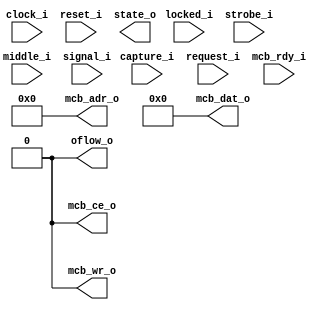
module raw_acquire
  #(//  Bit-width parameters:
    parameter AXNUM = 24,       // number of antennae
    parameter MSB   = AXNUM-1,  // MSB of antenna signal
    parameter ABITS = 20,       // DRAM controller address bit-width
//     parameter ASB   = ABITS-2,  // TODO: MSB of DRAM address??
    parameter ASB   = ABITS-1,  // MSB of DRAM address

    //  Additional settings:
    parameter RESET = 0,        // enable reset-to-zero (0/1)?

    //  Simulation-only parameters:
    parameter DELAY = 3)
   (
    input          clock_i, // bus clock
    input          reset_i, // bus-domain reset

    //  Module control-signals:
    input          capture_i, // enable raw-data capture (0/1)
    input          request_i, // retrieve sample from SDRAM

    //  Raw signal data input:
    //  NOTE: Bus clock-domain (6x, DDR oversampled).
    input          locked_i,
    input          strobe_i, // bus-domain signal-strobe
    input          middle_i, // bus-domain mid-signal strobe
    input [MSB:0]  signal_i, // supersampled & aligned antenna signals

    //  Memory Controller Block (MCB) signals:
    output         mcb_ce_o,
    output         mcb_wr_o,
    input          mcb_rdy_i,
    output [ASB:0] mcb_adr_o,
    output [31:0]  mcb_dat_o,

    //  Debug/info signal outputs:
    output         oflow_o, // FIFO overflow?
    output [2:0]   state_o      // just for debug info
    );


`ifdef __USE_ACQUISITION
   //-------------------------------------------------------------------------
   //  Acquistion-block signals:
   //  TODO: Which domains do these belong to?
   wire [MSB:0]    rdata;
   wire [8:0]      raddr, waddr;


   //-------------------------------------------------------------------------
   //  Xilinx block SRAM for temporary buffering.
   //-------------------------------------------------------------------------
   //  NOTE: Functions as a FIFO, but with the control-logic spread between
   //    this and the 'fifo_sdram_fifo_scheduler' modules.
   block_buffer AQ_BB
     ( // read port:
       .read_clock_i   (clock_i),
       .read_address_i (raddr),
       .read_data_o    (rdata),
       // write port:
       .write_clock_i  (clock_i),
       .write_enable_i (middle_i),
       .write_address_i(waddr),
       .write_data_i   (signal_i)
       );


   //-------------------------------------------------------------------------
   //  Storage block controller.
   //-------------------------------------------------------------------------
   //  NOTE: Bus-clock domain.
   fifo_control
     #(.SDRAM_ADDRESS_WIDTH(ABITS+1))
   SCHEDULER0
     ( .clock_i (clock_i),           // bus-clock
       .reset_i (reset_i),           // global reset (bus-domain)
       .enable_i(capture_i),
       .strobe_i(strobe_i),

       .bb_rd_adr_o(raddr),
       .bb_wr_adr_o(waddr),
       .bb_rd_dat_i(rdata),

       .aq_rd_req_i(request_i),

       .cmd_request(mcb_ce_o),
       .cmd_write  (mcb_wr_o),
       .cmd_waiting(mcb_rdy_i),
       .cmd_address(mcb_adr_o),
       .cmd_data_in(mcb_dat_o),

       .overflow_o (oflow_o),
       .aq_state_o (state_o)
       );


`else // !`ifdef __USE_ACQUISITION
   //-------------------------------------------------------------------------
   //  Just sleep the Memory Controller Block (MCB) if not using the raw-data
   //  acquisition block.
   //-------------------------------------------------------------------------
   assign mcb_ce_o  = 1'b0;
   assign mcb_wr_o  = 1'b0;
   assign mcb_adr_o = {(ABITS-1){1'b0}};
   assign mcb_dat_o = {32{1'b0}};

`endif // !`ifdef __USE_ACQUISITION


endmodule